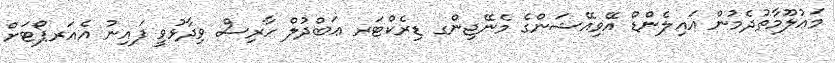
މަޢުލޫމާތުދެމުން އައިލެންޑް އޭވިއޭޝަންގެ މެނޭޖިންގ ޑިރެކްޓަރ ޢަބްދުލް ހާރިސް ވިދާޅުވީ ފައިނު އެއަރޕޯޓަށް